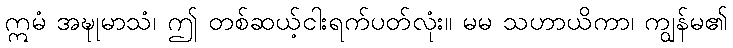
ဣမံ အဍ္ဎုမာသံ၊ ဤ တစ်ဆယ့်ငါးရက်ပတ်လုံး။ မမ သဟာယိကာ၊ ကျွန်မ၏